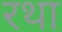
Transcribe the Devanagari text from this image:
रथा